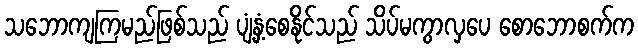
သဘောကျကြမည်ဖြစ်သည် ပျံ့နှံ့စေနိုင်သည် သိပ်မကွာလှပေ စောဘောစက်က